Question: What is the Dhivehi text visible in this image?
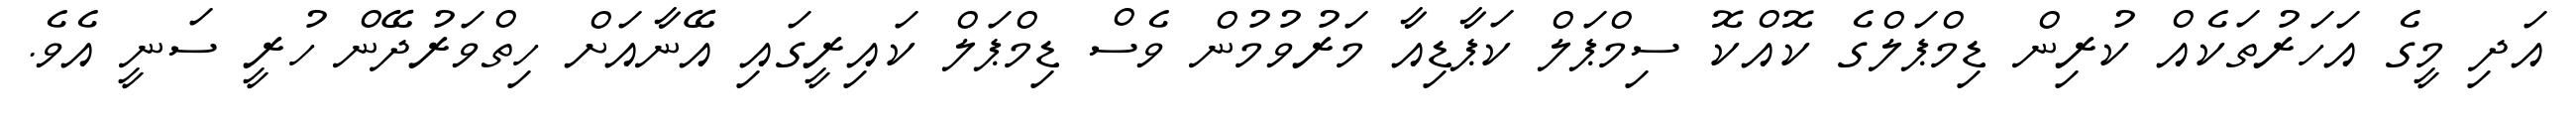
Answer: އަދި މީގެ އަހަރުތަކެއް ކުރިން ޑިމްޕަލްގެ ކޮއްކޮ ސިމްޕަލް ކަޕާޑިއާ މަރުވުމުން ވެސް ޑިމްޕަލް ކައިރީގައި އޭނާއަށް ހިތްވަރުދޭން ހުރީ ސަނީ އެވެ.